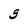
Character: g